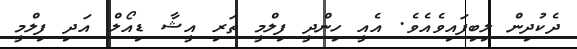
ދެކުދިން ލިބިފައިވެއެވެ. އެއީ ހިންދީ ފިލްމީ ތަރި އީޝާ ޑިއޯލް އަދި ފިލްމީ